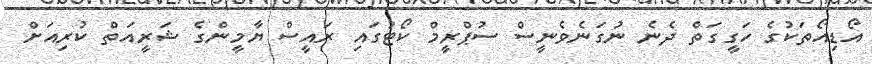
އޯޑިއޯތަކުގެ ހަގީގަތް ދެނެ ނުގަނެވެނީސް ސުޕްރީމް ކޯޓުގައި ރައީސް ޔާމީންގެ ޝަރީއަތް ކުރިއަށް